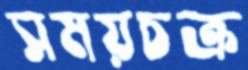
সময়চক্র